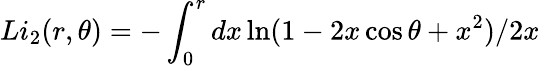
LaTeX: Li_{2}(r,\theta)=-\int_{0}^{r}dx\ln(1-2x\cos\theta+x^{2})/2x